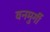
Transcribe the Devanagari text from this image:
वनमुर्गी